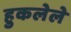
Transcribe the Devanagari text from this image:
हुकलेले